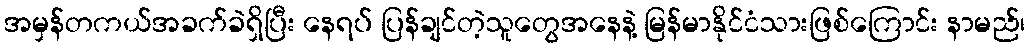
အမှန်တကယ်အခက်ခဲရှိပြီး နေရပ် ပြန်ချင်တဲ့သူတွေအနေနဲ့ မြန်မာနိုင်ငံသားဖြစ်ကြောင်း နာမည်၊